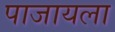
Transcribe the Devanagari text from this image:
पाजायला